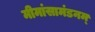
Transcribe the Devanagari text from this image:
मीमांसामंडनम्